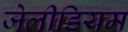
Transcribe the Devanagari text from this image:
जेलीडियम